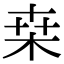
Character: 桒